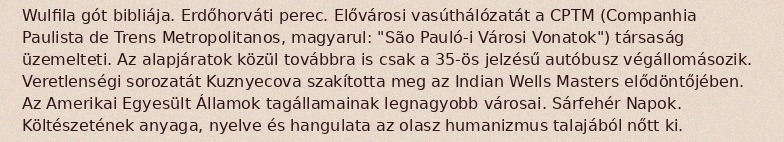
Wulfila gót bibliája. Erdőhorváti perec. Elővárosi vasúthálózatát a CPTM (Companhia Paulista de Trens Metropolitanos, magyarul: "São Pauló-i Városi Vonatok") társaság üzemelteti. Az alapjáratok közül továbbra is csak a 35-ös jelzésű autóbusz végállomásozik. Veretlenségi sorozatát Kuznyecova szakította meg az Indian Wells Masters elődöntőjében. Az Amerikai Egyesült Államok tagállamainak legnagyobb városai. Sárfehér Napok. Költészetének anyaga, nyelve és hangulata az olasz humanizmus talajából nőtt ki.